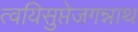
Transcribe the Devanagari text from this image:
त्वयिसुप्तेजगन्नाथ